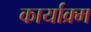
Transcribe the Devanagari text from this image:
कार्याक्र्म